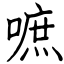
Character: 嗻